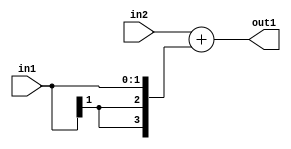
`timescale 1ps / 1ps
/*****************************************************************************
    Verilog RTL Description
    
    Generated at: 12:05:31 EST (-0500), Friday 20 November 2020
    Generated on: zhang-x1.ece.cornell.edu
    Generated by: jl3952 (Jie Liu)
    
    Created by: Stratus DpOpt 2017.1.02 
    Copyright (c) 2014-2015 Cadence Design Systems. All rights reserved worldwide.
    
    Cadence Design Systems proprietary and confidential
    ===================================================
    
    May contain information that incorporates Cadence Design Systems CellMath
    and other inventions claimed in Pending U.S. Patents.
    
    May contain Cadence Design Systems Trade Secrets of which use, disclosure or
    reproduction is contractually restricted or prohibited.  For more
    information, contact your legal department before any use, disclosure or
    reproduction.
*******************************************************************************/

module dut_Add_4Ux2S_4S_4 (
	in2,
	in1,
	out1
	); /* architecture "behavioural" */ 
input [3:0] in2;
input [1:0] in1;
output [3:0] out1;
wire [3:0] asc001;

assign asc001 = 
	+(in2)
	+({{2{in1[1]}}, in1});

assign out1 = asc001;
endmodule

/* CADENCE  ubD2SA0= : u9/ySgnYtBlWxVDRUQkU4ug= ** DO NOT EDIT THIS LINE ******/